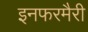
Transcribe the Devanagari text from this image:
इनफरमैरी